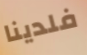
فلدينا